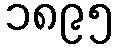
၁၈၉၅